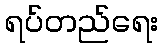
ရပ်တည်ရေး